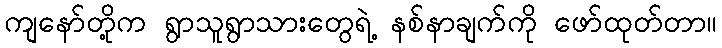
ကျနော်တို့က ရွာသူရွာသားတွေရဲ့ နစ်နာချက်ကို ဖော်ထုတ်တာ။